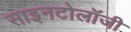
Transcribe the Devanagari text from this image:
साइनटोलॉजी